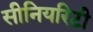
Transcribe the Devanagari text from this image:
सीनियरिटी